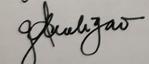
Signature authenticity: genuine